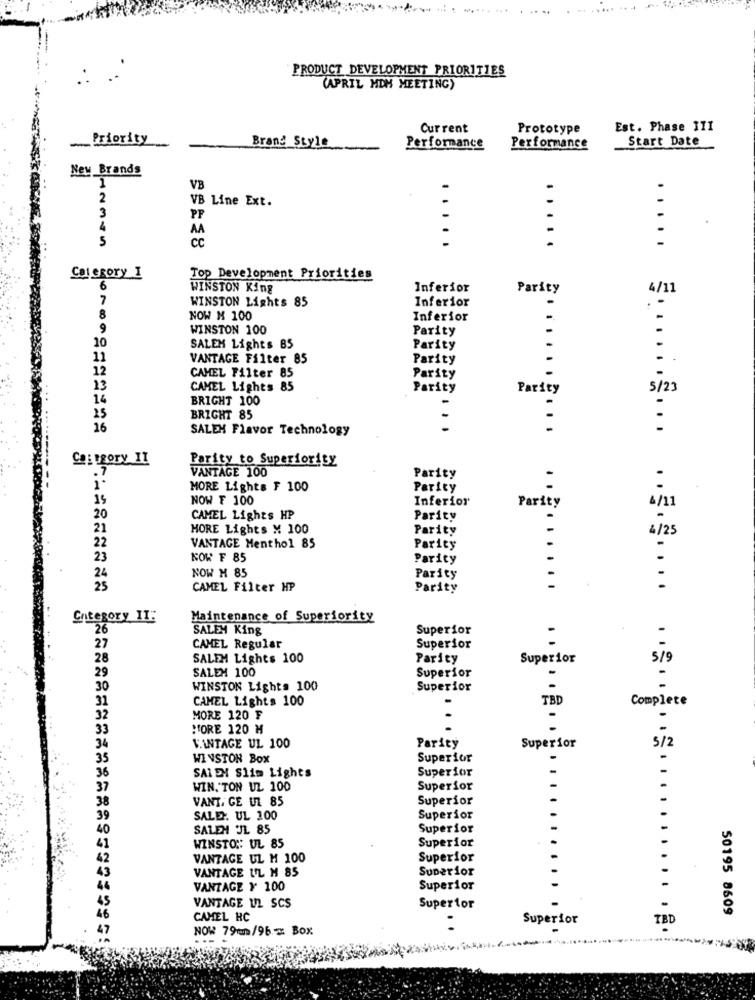
PRODUCT DEVELOPMENT PRIORITIES
(APRIL MDM MEETING)
Current
Prototype
Est. Phase III
Priority
Brand Style
Start Date
Performance
Performance
New Brands
VB
2
VB Line Ext.
3
PP
AA
5
cc
.....
.....
Category I
Top Development Priorities
6
WINSTON King
Inferior
Parity
4/11
7
WINSTON Lights 85
Inferior
.
-
8
NOW M 100
Inferior
..
9
WINSTON 100
Parity
10
SALEM Lights 85
Parity
11
VANTAGE Filter 85
Parity
CAMEL Filter 85
12
Parity
13
CAMEL Lights 85
Parity
5/23
14
BRIGHT 100
25
BRIGHT 85
16
SALEH Flavor Technology
....
......
Ca: BROTY IL
Parity to Superiority
VANTAGE 100
Parity
MORE Lights F 100
Parity
15
NOW F 100
Inferior
Parity
20
CAMEL Lights HP
Parity
21
HORE Lights M 100
Parity
22
VANTAGE Menthol 85
Parity
23
KOW F 85
Parity
NOW M 85
24
Parity
25
CAMEL Filter HP
Parity
Category II"
Maintenance of Superiority
26
SALEM King
Superior
:
27
CAMEL Regular
Superior
28
SALEM Lights 100
Parity
Superior
5/5
29
SALEM 100
Superior
30
WINSTON Lights 100
Superior
31
CAMEL Lights 100
TBD
Complete
3 .......... ......... ...
32
MORE 120 F
.
33
MORE 120 M
5/2
34
VINTAGE UL 100
Parity
Superior
35
WINSTON Box
Superior
Superior
36
SAI EN Slim Lights
37
WIN. TON UL 100
Superior
38
VANT, GE UZ 85
Superior
39
SALE. UL 100
Superior
40
SALEM UL 85
Superior
Superior
WINSTO: UL 85
VANTAGE UL M 100
Superior
VANTAGE UL M 85
Superior
VANTAGE Y 100
Superior
VANTAGE UL SCS
Superior
50195 8609
CAMEL HC
Superior
NOW 79/96 x Box
.... ...
--